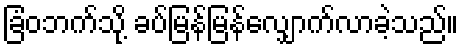
ခြံဝဘက်သို့ ခပ်မြန်မြန်လျှောက်လာခဲ့သည်။